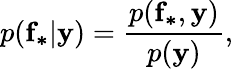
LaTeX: p(\mathbf{f_{*}}|\mathbf{y})=\frac{p(\mathbf{f_{*}},\mathbf{y})}{p(\mathbf{y})},